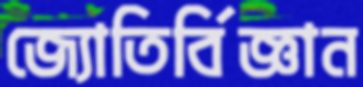
জ্যোতির্বিজ্ঞান